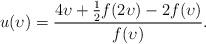
LaTeX: \begin{align*}u(\upsilon) = \frac{4\upsilon + \frac 12 f(2\upsilon)-2f(\upsilon)}{f(\upsilon)}.\end{align*}